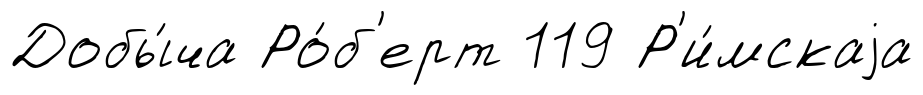
Добы́ча Ро́б'ерт 119 Р'и́мскаjа